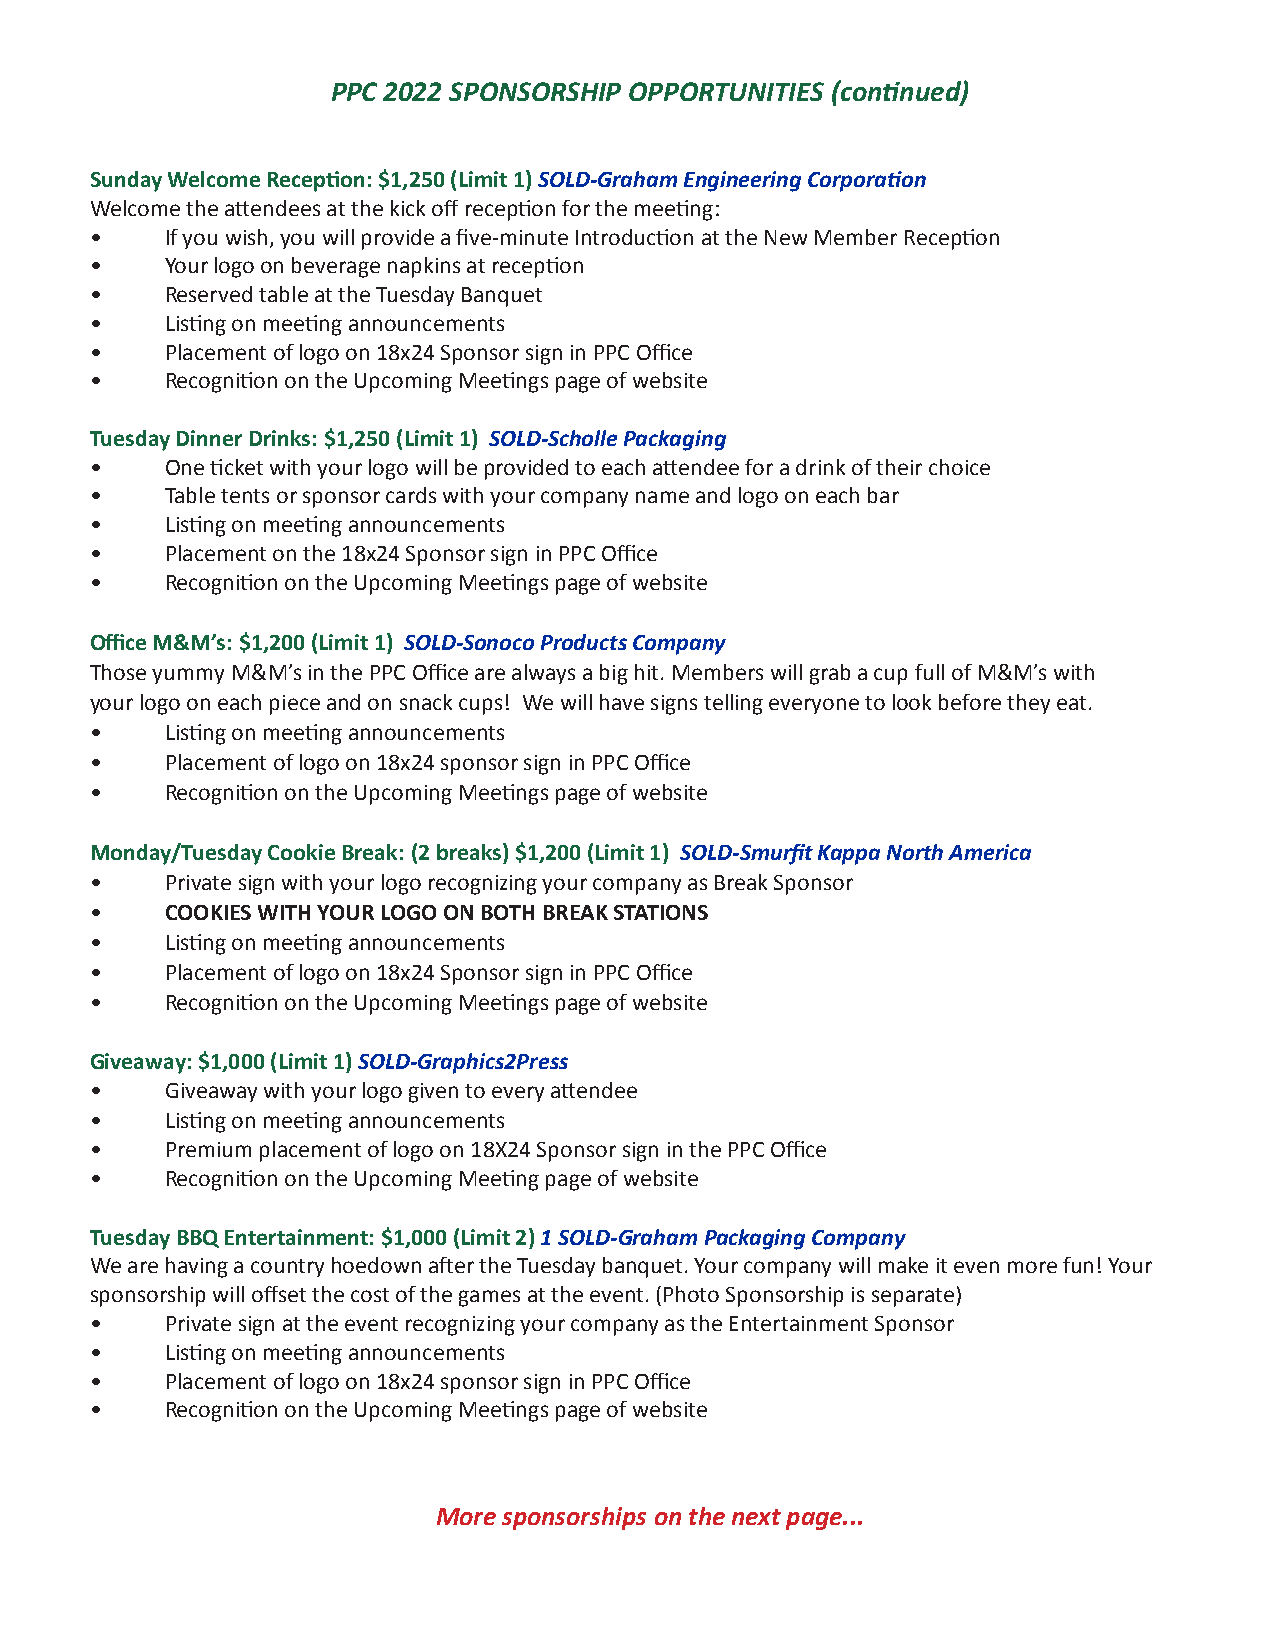
PPC 2022 SPONSORSHIP OPPORTUNITIES (continued)
 Sunday Welcome Reception: $1,250 (Limit 1) SOLD-Graham Engineering Corporation
 Welcome the attendees at the kick off reception for the meeting:
 •    If you wish, you will provide a five-minute Introduction at the New Member Reception
 •    Your logo on beverage napkins at reception
 •    Reserved table at the Tuesday Banquet
 •    Listing on meeting announcements
 •    Placement of logo on 18x24 Sponsor sign in PPC Office
 •    Recognition on the Upcoming Meetings page of website
 Tuesday Dinner Drinks: $1,250 (Limit 1) SOLD-Scholle Packaging
 •    One ticket with your logo will be provided to each attendee for a drink of their choice
 •    Table tents or sponsor cards with your company name and logo on each bar
 •    Listing on meeting announcements
 •    Placement on the 18x24 Sponsor sign in PPC Office
 •    Recognition on the Upcoming Meetings page of website
 Office M&M’s: $1,200 (Limit 1) SOLD-Sonoco Products Company
 Those yummy M&M’s in the PPC Office are always a big hit. Members will grab a cup full of M&M’s with
 your logo on each piece and on snack cups! We will have signs telling everyone to look before they eat.
 •    Listing on meeting announcements
 •    Placement of logo on 18x24 sponsor sign in PPC Office
 •    Recognition on the Upcoming Meetings page of website
 Monday/Tuesday Cookie Break: (2 breaks) $1,200 (Limit 1) SOLD-Smurfit Kappa North America
 •    Private sign with your logo recognizing your company as Break Sponsor
 •    COOKIES WITH YOUR LOGO ON BOTH BREAK STATIONS
 •    Listing on meeting announcements
 •    Placement of logo on 18x24 Sponsor sign in PPC Office
 •    Recognition on the Upcoming Meetings page of website
 Giveaway: $1,000 (Limit 1) SOLD-Graphics2Press
 •    Giveaway with your logo given to every attendee
 •    Listing on meeting announcements
 •    Premium placement of logo on 18X24 Sponsor sign in the PPC Office
 •    Recognition on the Upcoming Meeting page of website
 Tuesday BBQ Entertainment: $1,000 (Limit 2) 1 SOLD-Graham Packaging Company
 We are having a country hoedown after the Tuesday banquet. Your company will make it even more fun! Your
 sponsorship will offset the cost of the games at the event. (Photo Sponsorship is separate)
 •    Private sign at the event recognizing your company as the Entertainment Sponsor
 •    Listing on meeting announcements
 •    Placement of logo on 18x24 sponsor sign in PPC Office
 •    Recognition on the Upcoming Meetings page of website
 More sponsorships on the next page...